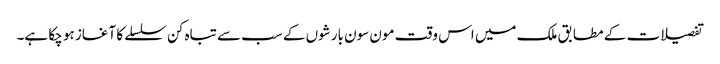
تفصیلات کے مطابق ملک میں اس وقت مون سون بارشوں کے سب سے تباہ کن سلسلے کا آغاز ہو چکا ہے۔